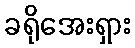
ခရိုအေးရှား